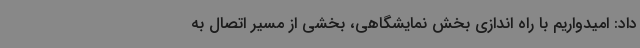
داد: امیدواریم با راه اندازی بخش نمایشگاهی، بخشی از مسیر اتصال به